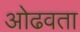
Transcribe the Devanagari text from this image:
ओढवता